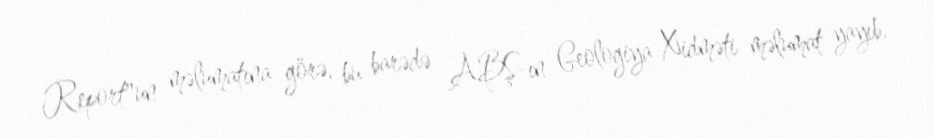
Report"un məlumatına görə, bu barədə ABŞ-ın Geologiya Xidməti məlumat yayıb.